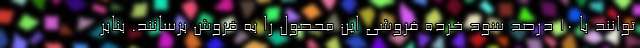
توانند با 10 درصد سود خرده فروشی این محصول را به فروش برسانند. بنابر